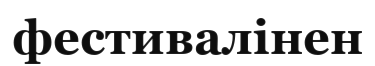
фестивалінен